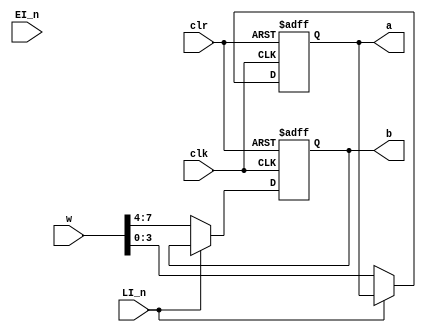
module insReg( clk, LI_n, EI_n,clr,w,a ,b);
	input clk;
	input LI_n;
	input EI_n;
	input clr;
	input [7:0] w;
	output reg [3:0] a;
	output reg [3:0] b;

	

	always@(posedge clk or negedge clr)
		begin
			if (!clr)
				begin
					a<=4'b0;
					b<=4'b0;
				end
			else if(!LI_n)
				begin
					a <= w[3:0];
					b <= w[7:4];
				end
		end

endmodule